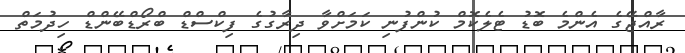
ރާއްޖޭގެ އެންމެ ބޮޑު ޓެލެކޮމް ކުންފުނި ކަމަށްވާ ދިރާގުގެ ފިކްސްޑް ބްރޯޑްބޭންޑް ހިދުމަތް